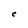
Character: c